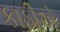
કાઠીએ